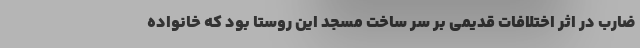
ضارب در اثر اختلافات قدیمی بر سر ساخت مسجد این روستا بود که خانواده